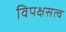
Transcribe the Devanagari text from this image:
विपक्षसत्व